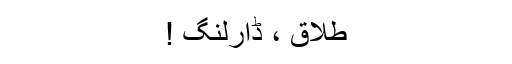
طلاق ، ڈارلنگ !